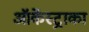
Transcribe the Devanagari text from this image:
ऑर्केस्ट्राका